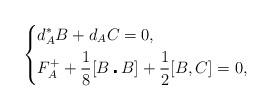
LaTeX: \begin{align*}\left\{\begin{aligned}&d_A^*B +d_A C=0,\\&F_A^++\frac{1}{8}[B\centerdot B]+\frac{1}{2}[B,C]=0, \\\end{aligned}\right. \end{align*}